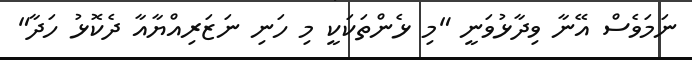
ނަމަވެސް އޭނާ ވިދާޅުވަނީ "މި ޅެންތަކަކީ މި ހަނި ނަޒަރިއްޔާއާ ދެކޮޅު ހަދާ"